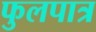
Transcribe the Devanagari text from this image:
फुलपात्र